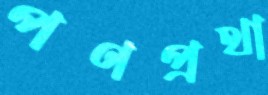
পণপ্রথা